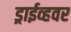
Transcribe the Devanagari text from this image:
ड्राईव्हवर